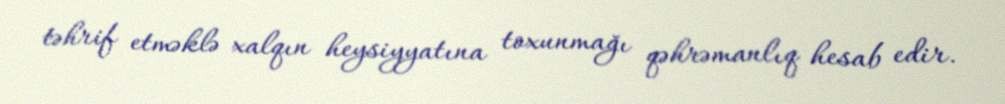
təhrif etməklə xalqın heysiyyatına toxunmağı qəhrəmanlıq hesab edir.